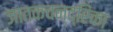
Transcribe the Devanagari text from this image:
जातकचन्द्रिका